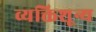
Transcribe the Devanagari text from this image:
व्यक्तिशून्य